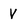
Character: V